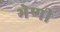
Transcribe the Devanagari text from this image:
भेणी